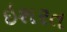
ઇશરત